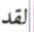
لقد